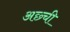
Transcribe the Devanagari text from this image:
अछ्ची